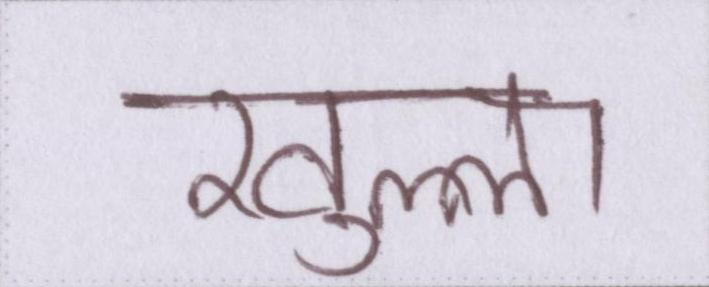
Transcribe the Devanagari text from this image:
खुल्ला